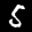
Label: 5